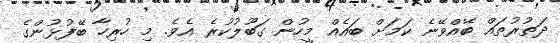
ދަތުރުތައް ބޭއްވޭނެ ކަމަށް ބައެއް މީހުން ގަބޫލުކުރެ އެވެ. މި ހުރިހާ ބޭފުޅުންގެ